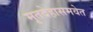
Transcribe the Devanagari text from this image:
मृतदेहासमवेत